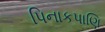
પિનાકપાણિ